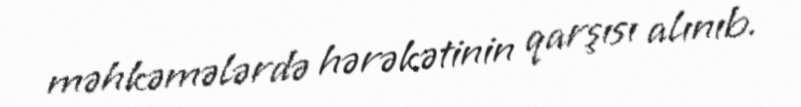
məhkəmələrdə hərəkətinin qarşısı alınıb.